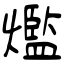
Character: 爁